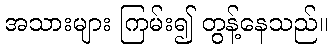
အသားများ ကြမ်း၍ တွန့်နေသည်။